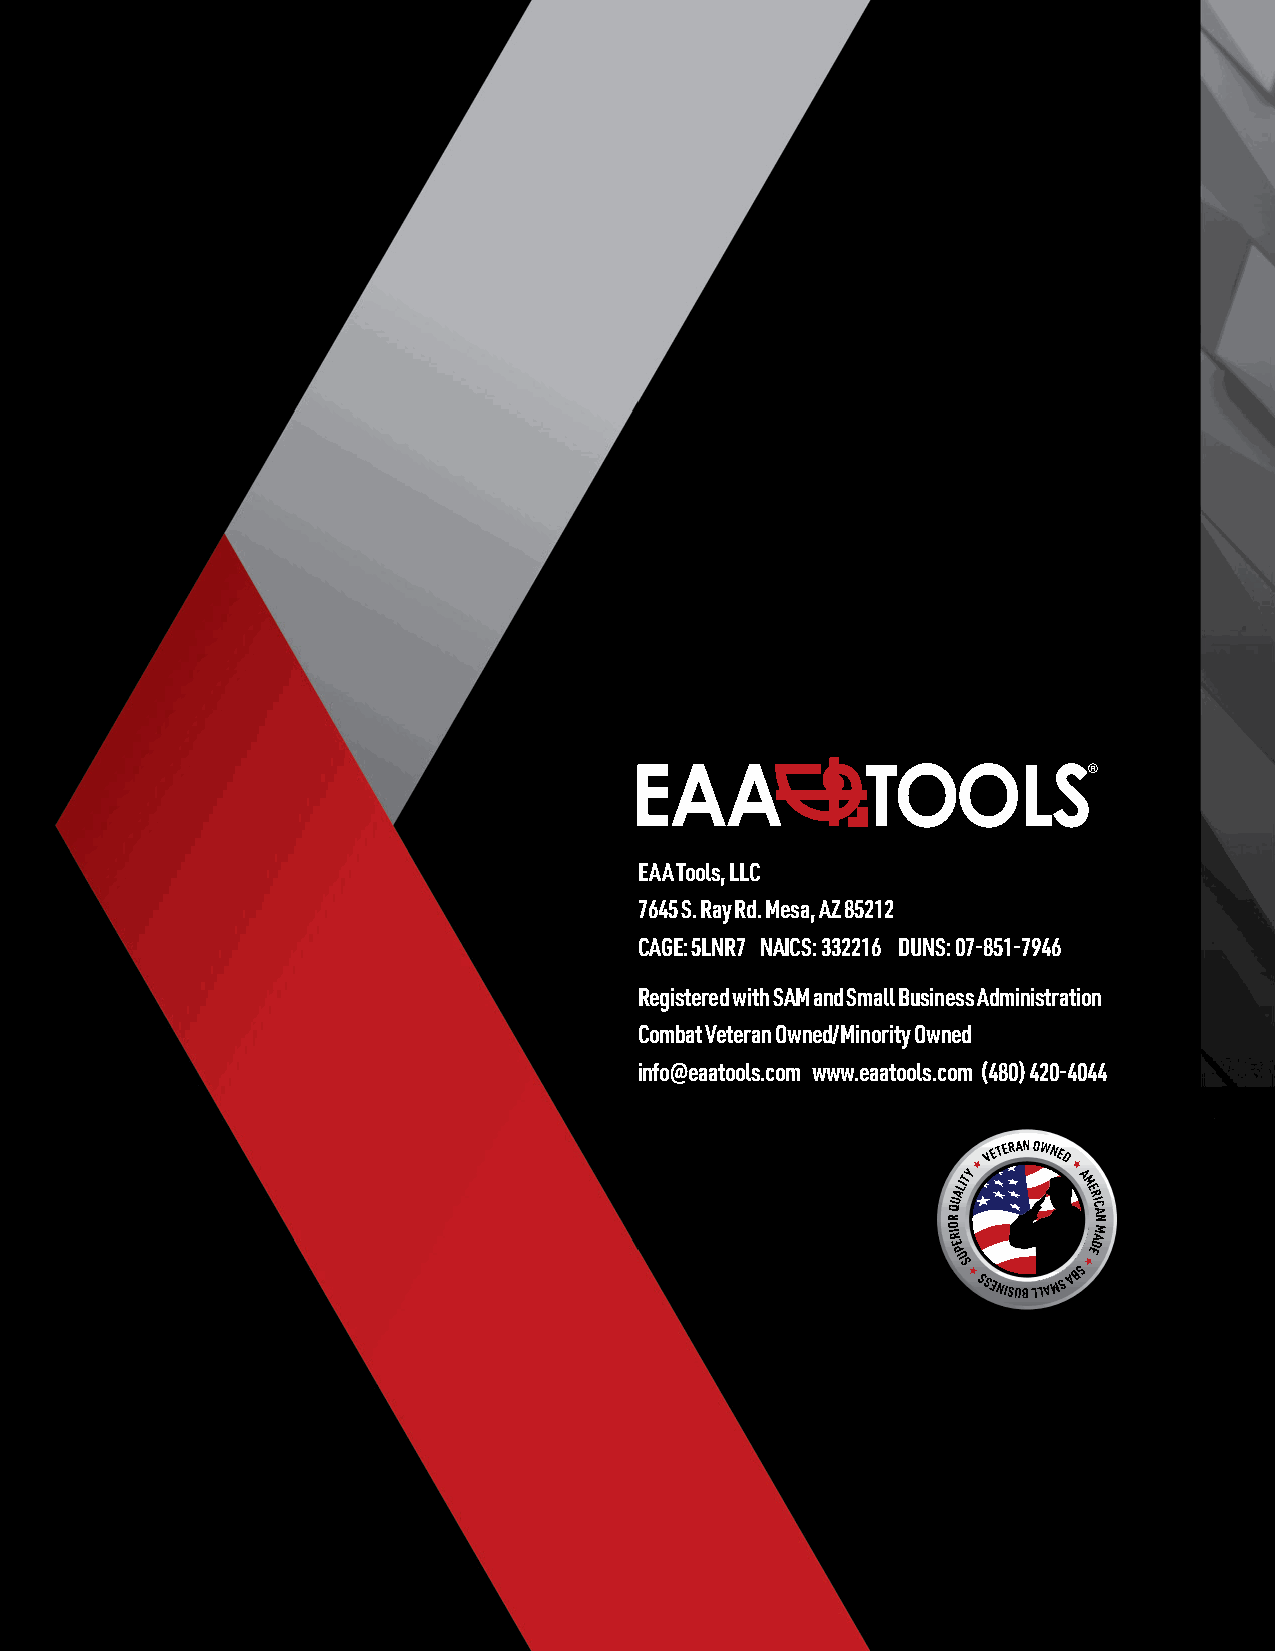
EAA Tools, LLC
 7645 S. Ray Rd. Mesa, AZ 85212
 CAGE: 5LNR7 NAICS: 332216 DUNS: 07-851-7946
 Registered with SAM and Small Business Administration
 Combat Veteran Owned/Minority Owned
 info@eaatools.com www.eaatools.com (480) 420-4044